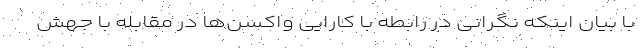
با بیان اینکه نگرانی در رابطه با کارایی واکسن‌ها در مقابله با جهش